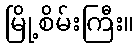
မြို့စိမ်းကြီး။